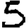
Digit: 5